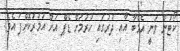
ކޯޓުން ވަނީ އެމްބާ އާއި ދުރުގައި ހުރުމަށް ޑެޕް އަށް އަމުރުކޮށްފަ އެވެ.